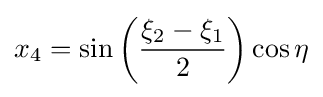
x_{4}=\sin \left({\frac {\xi _{2}-\xi _{1}}{2}}\right)\cos \eta